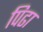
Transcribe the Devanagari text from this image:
पिढा